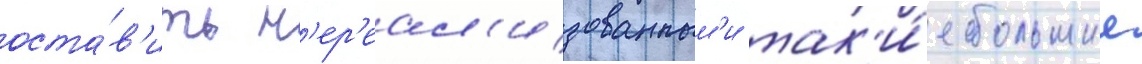
оста́в'ить н'ер'еал'изованным'и так'и́е большие